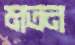
মতন